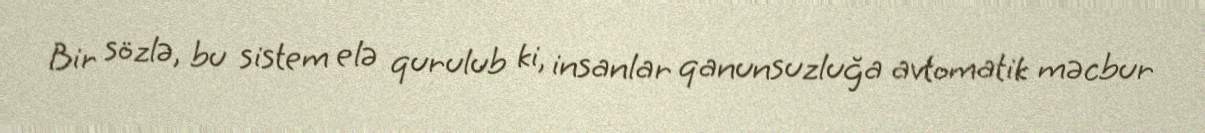
Bir sözlə, bu sistem elə qurulub ki, insanlar qanunsuzluğa avtomatik məcbur